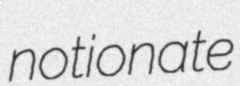
notionate